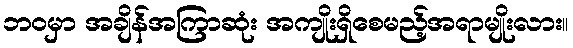
ဘဝမှာ အချိန်အကြာဆုံး အကျိုးရှိစေမည့်အရာမျိုးလား။